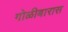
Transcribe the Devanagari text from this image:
गोळीबारास